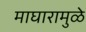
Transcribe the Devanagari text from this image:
माघारामुळे